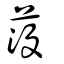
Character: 莈